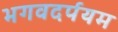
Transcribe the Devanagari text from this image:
भगवदर्पयम